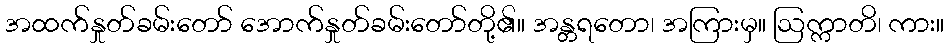
အထက်နှုတ်ခမ်းတော် အောက်နှုတ်ခမ်းတော်တို့၏။ အန္တရတော၊ အကြားမှ။ ဩက္ကာတိ၊ ကား။